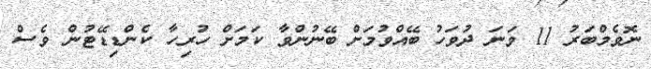
ނޮވެމްބަރު 11 ވަނަ ދުވަހު ބޭއްވުމަށް ބޭނުންވާ ކަމަށް ހުރިހާ ކެންޑިޑޭޓުން ވެސް